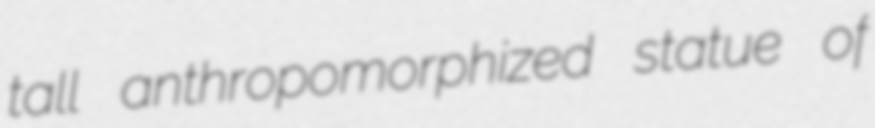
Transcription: tall anthropomorphized statue of